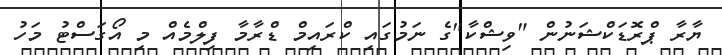
ޔާރާ ޕްރޮޑަކްޝަނުން "ވިޝްކާ"ގެ ނަމުގައި ކްރައިމް ޑްރާމާ ފިލްމެއް މި އޯގަސްޓު މަހު